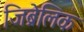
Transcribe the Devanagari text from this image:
जिब्रेलिक